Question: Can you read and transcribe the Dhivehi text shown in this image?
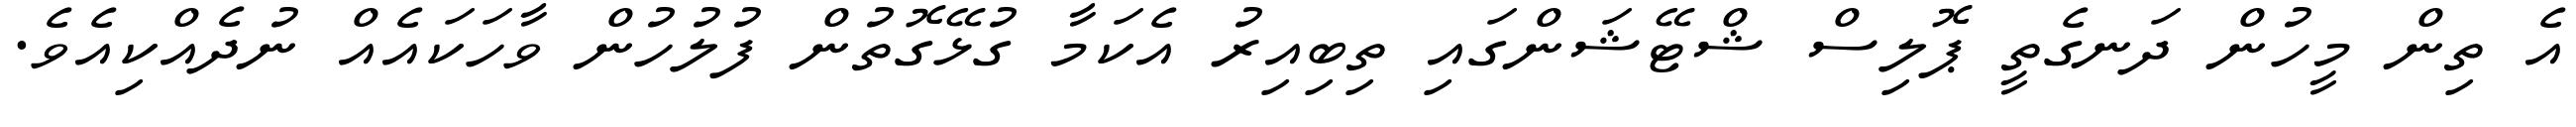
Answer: އެ ތިން މީހުން ދަނގެތީ ޕޮލިސް ޝްޓޭޝަންގައި ތިބިއިރު އެކަމާ ގުޅޭގޮތުން ފުލުހުން ވާހަކައެއް ނުދެއްކިއެވެ.